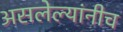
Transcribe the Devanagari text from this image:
असलेल्यांनीच